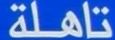
تاهلة